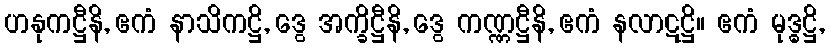
ဟနုကဋ္ဌီနိ, ဧကံ နာသိကဋ္ဌိ, ဒွေ အက္ခိဋ္ဌီနိ, ဒွေ ကဏ္ဏဋ္ဌီနိ, ဧကံ နလာဋဋ္ဌိ။ ဧကံ မုဒ္ဓဋ္ဌိ,